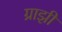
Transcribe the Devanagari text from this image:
ग्राझी